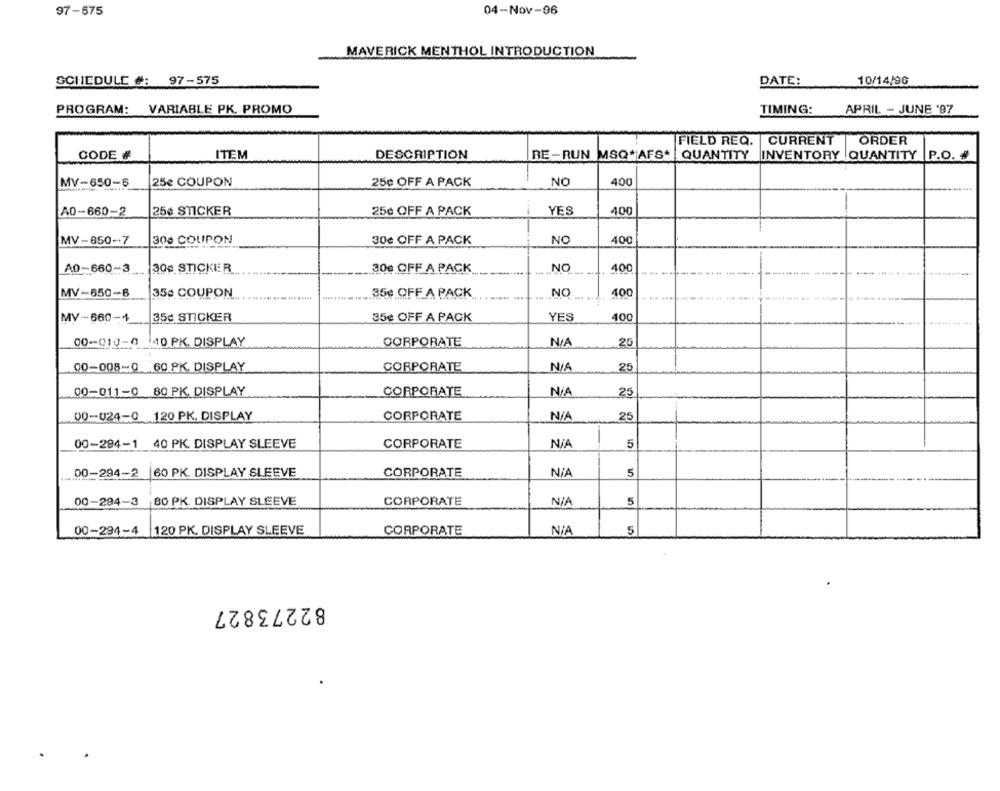
97-575
04-Nov-96
MAVERICK MENTHOL INTRODUCTION
SCHEDULE #: 97-575
DATE:
10/14/96
PROGRAM:
VARIABLE PK. PROMO
TIMING:
APRIL - JUNE '97
FIELD REQ. CURRENT
ORDER
CODE #
ITEM
DESCRIPTION
RE-RUN MSQ*|AFS*
QUANTITY
INVENTORY QUANTITY
P.O. #
MV-650-6
25e COUPON
25¢ OFF A PACK
NO
400
A0-660-2
25¢ STICKER
25¢ OFF A PACK
YES
400
MV-850-7
300 COUPON
30€ OFF A PACK
NO
400
A0-660-3
300 STICKER
30e OFF A PACK
NO
400
MV-650-B
35¢ COUPON
35€ OFF A PACK
NO
400
35c STICKER
35€ OFF A PACK
YES
400
MV-660-+
00-010-0
40 PK. DISPLAY
CORPORATE
25
00-008-0
60 PK. DISPLAY
CORPORATE
25
00-011-0 80 PK. DISPLAY
CORPORATE
25
00-024-0 120 PK. DISPLAY
CORPORATE
25
40 PK. DISPLAY SLEEVE
00-284-1
CORPORATE
5
60 PK. DISPLAY SLEEVE
CORPORATE
5
00-294-3 80 PK. DISPLAY SLEEVE
CORPORATE
5
120 PK. DISPLAY SLEEVE
5
00-294-4
CORPORATE
82273827